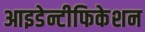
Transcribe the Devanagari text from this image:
आइडेन्टीफिकेशन